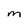
Character: M